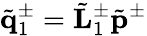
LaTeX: \tilde{\mathbf q}_{1}^{\pm}=\tilde{\mathbf L}_{1}^{\pm}\tilde{\mathbf p}^{\pm}